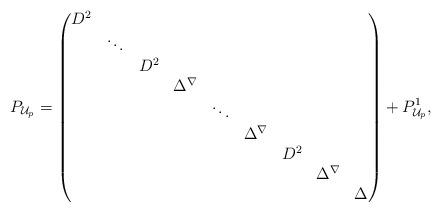
LaTeX: \begin{align*} P_{\mathcal{U}_p} = \begin{pmatrix} D^2 & & & & & & & &\\ & \ddots & & & & & & & \\ & & D^2 & & & & & & \\& & & \Delta^{\nabla} & & & & & \\ & & & & \ddots & & & & \\ & & & & & \Delta^{\nabla} & & & \\ & & & & & & D^2 & & \\ & & & & & & & \Delta^{\nabla} & \\& & & & & & & & \Delta \end{pmatrix} + P^1_{\mathcal{U}_p}, \end{align*}